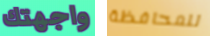
واجهتك للمحافظة